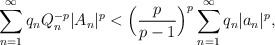
\begin{align*}{}\displaystyle\sum_{n=1}^{\infty}q_nQ_{n}^{-p}|A_{n}|^{p}&< \Big(\frac{p}{p-1}\Big)^{p}\displaystyle\sum_{n=1}^{\infty}q_{n}|a_{n}|^{p},\end{align*}